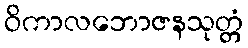
ဝိကာလဘောဇနသုတ္တံ